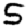
Digit: 5